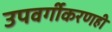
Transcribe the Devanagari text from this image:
उपवर्गीकरणही